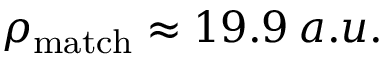
\rho _ { \mathrm { m a t c h } } \approx 1 9 . 9 \: a . u .